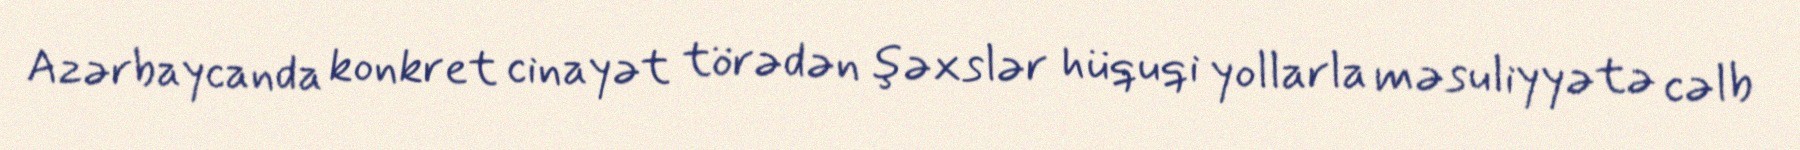
Azərbaycanda konkret cinayət törədən şəxslər hüquqi yollarla məsuliyyətə cəlb